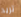
تريد